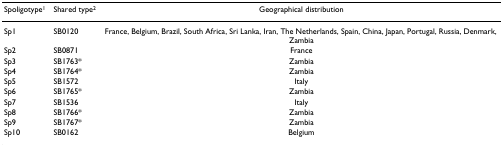
| Spoligotype1 | Shared type2 | Geographical distribution |
 | --- | --- | --- |
 | Sp1 | SB0120 | France, Belgium, Brazil, South Africa, Sri Lanka, Iran, The Netherlands, Spain, China, Japan, Portugal, Russia, Denmark, Zambia |
 | Sp2 | SB0871 | France |
 | Sp3 | SB1763* | Zambia |
 | Sp4 | SB1764* | Zambia |
 | Sp5 | SB1572 | Italy |
 | Sp6 | SB1765* | Zambia |
 | Sp7 | SB1536 | Italy |
 | Sp8 | SB1766* | Zambia |
 | Sp9 | SB1767* | Zambia |
 | Sp10 | SB0162 | Belgium |